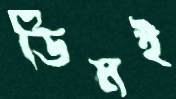
ডিমই